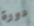
دورة